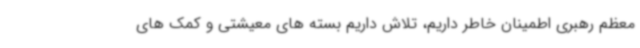
معظم رهبری اطمینان خاطر داریم، تلاش داریم بسته های معیشتی و کمک های